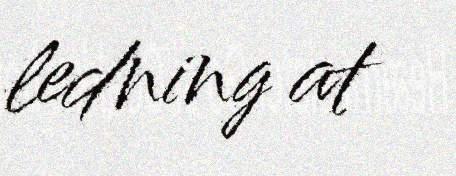
ledning at